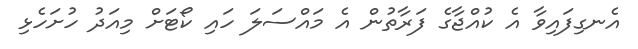
އެނގިފައިވާ އެ ކުއްޖާގެ ފަރާތުން އެ މައްސަލަ ހައި ކޯޓަށް މިއަދު ހުށަހެޅި